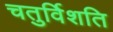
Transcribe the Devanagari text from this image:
चतुर्विशति